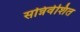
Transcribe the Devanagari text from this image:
सन्निवेशित